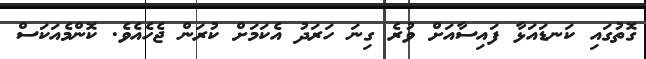
ގޮތުގައި ކަނޑައަޅާ ފައިސާއަށް ވުރެ ގިނަ ހަރަދު އެކަމަށް ކުރަން ޖެހެއެވެ. ކޮންމެއަކަސް